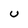
Character: U